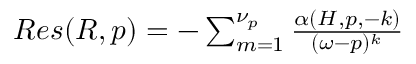
\begin{array} { r } { R e s ( R , p ) = - \sum _ { m = 1 } ^ { \nu _ { p } } \frac { \alpha ( H , p , - k ) } { ( \omega - p ) ^ { k } } } \end{array}